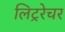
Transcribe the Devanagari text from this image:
लिट्ररेचर